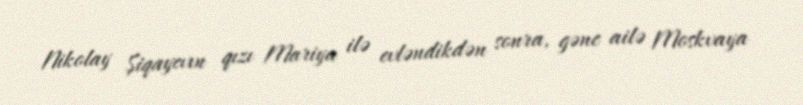
Nikolay Şiqayevın qızı Mariya ilə evləndikdən sonra, gənc ailə Moskvaya